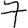
Digit: 7